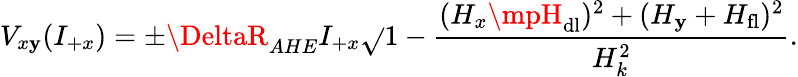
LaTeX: V_{x\mathbf{y}}(I_{+x})=\pm\DeltaR_{AHE}I_{+x}\sqrt{}{{1-\frac{{(H_{x}\mpH_{\mathrm{{dl}}})^{2}+(H_{\mathbf{y}}+H_{\mathrm{{fl}}})^{2}}}{{H_{k}^{2}}}}}.